Lunatic asylums Central Provinces reports 1874-1885 - 1874-1885
Year: 1874
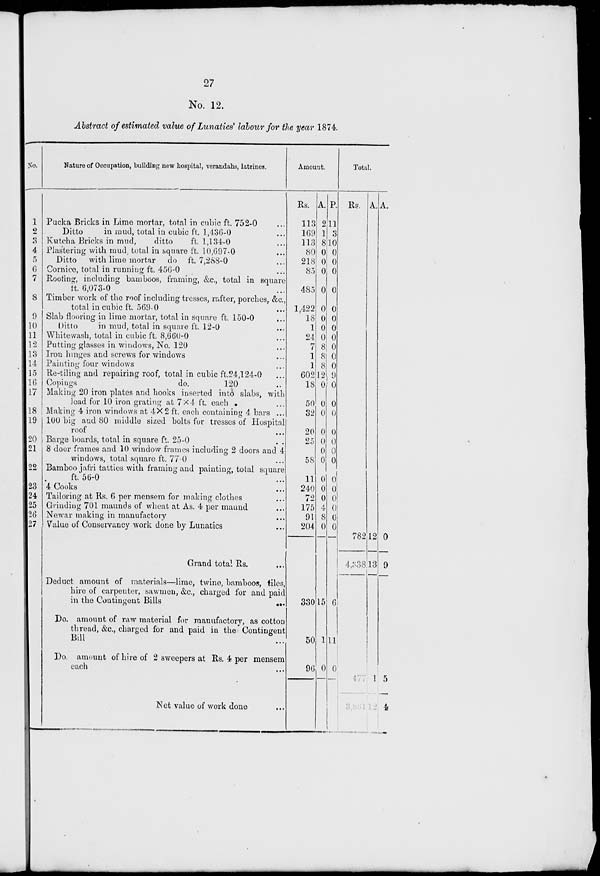
27
No. 12.
Abstract of estimated value of Lunatics labour for the year 1874.
No.
1
2
3
4
5
6
7
8
9
10
11
12
13
14
15
16
17
18
19
20
21
22
23
24
25
26
27
Nature of Occupation, building new hospital, verandahs, latrines.
Pucka Bricks in Lime mortar, total in cubic ft. 752-0 ...
Ditto
in mud, total in cubic ft. 1,436-0 ...
Kutcha Bricks in mud,
ditto
ft. 1,134-0 ...
Plastering with mud total in square ft. 10,697-0 ...
Ditto with lime mortar
do ft. 7,288-0 ...
Cornice, total in running ft. 456-0 ...
Rooting, including bamboos, framing, &c., total in square
it. 6,073-0 ...
Timber work of the roof including tresses, rafter, porches, &c,
total in cubic ft. 509-0 ...
Slab flooring in lime mortar, total in square ft. 150-0 ...
Ditto
in mud, total in square ft. 12-0 ...
Whitewash, total in cubic ft. 8,660-0 ...
Putting glasses in windows, No. 120 ...
Iron hinges and screws for windows ...
Painting four windows ...
Re-tiling and repairing roof, total in cubic ft.24,124-0 ...
Copings
do.
120 ...
Making 20 iron plates and hooks inserted into slabs, with
lead for 10 iron grating at 7×4 ft. each ...
Making 4 iron windows at 4×2 ft. each containing 4 bars ...
100 big and 80 middle sized bolts for tresses of Hospital
roof ...
Barge boards, total in square ft. 25-0 ..
8 door frames and 10 window frames including 2 doors and 4 ...
windows, total square ft. 77-0 ...
Bamboo jafri tatties with framing and painting, total square
ft. 56-0 ...
4 Cooks ...
Tailoring at Rs. 6 per mensem for making clothes ...
Grinding 701 maunds of wheat at As. 4 per maund ...
Newar making in manufactory ...
Value of Conservancy work done by Lunatics ...
Grand total Rs. ...
Deduct amount of materials—lime, twine, bamboos, tiles,
hire of carpenter, sawmen, &c, charged for and paid
in the Contingent Bills ...
Do. amount of raw material for manufactory, as cotton
thread, &c, charged for and paid in the Contingent
Bill ...
Do. amount of hire of 2 sweepers at Rs. 4 per mensem
each ...
Net value of work done ...
Amount.
Rs.
113
169
113
80
218
85
485
1,422
18
1
24
7
1
1
602
18
50
32
20
25
58
11
240
72
175
91
204
330
50
96
A.
2
1
8
0
0
0
0
0
0
0
0
8
8
8
12
0
0
0
0
0
0
0
0
0
0
4
8
0
15
1
0
P.
11
3
10
0
0
0
0
0
0
0
0
0
0
0
9
0
0
0
0
0
0
0
0
0
0
0
0
0
6
11
0
Total.
Rs.
782
4,338
477
3,861
A.
12
13
1
12
A.
0
9
5
4